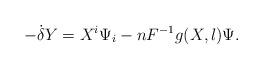
LaTeX: \begin{align*} - \dot \delta{Y} = {X^i}{\Psi _i} - n{F^{ - 1}}g(X,l)\Psi.\end{align*}